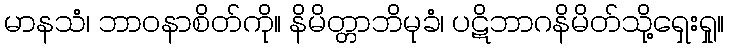
မာနသံ၊ ဘာဝနာစိတ်ကို။ နိမိတ္တာဘိမုခံ၊ ပဋိဘာဂနိမိတ်သို့ရှေးရှု။